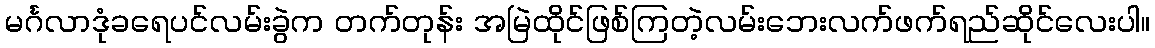
မင်္ဂလာဒုံခရေပင်လမ်းခွဲက တက်တုန်း အမြဲထိုင်ဖြစ်ကြတဲ့လမ်းဘေးလက်ဖက်ရည်ဆိုင်လေးပါ။